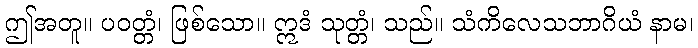
ဤအတူ။ ပဝတ္တံ၊ ဖြစ်သော။ ဣဒံ သုတ္တံ၊ သည်။ သံကိလေသဘာဂိယံ နာမ၊